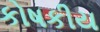
કોષકીય